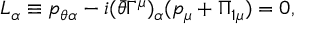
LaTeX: L _ { \alpha } \equiv p _ { \theta \alpha } - i ( \bar { \theta } \Gamma ^ { \mu } ) _ { \alpha } ( p _ { \mu } + \Pi _ { 1 \mu } ) = 0 ,